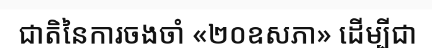
ជាតិនៃការចងចាំ «២០ឧសភា» ដើម្បីជា